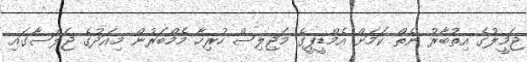
ޖަމީލުގެ އިތުބާރު ނެތް ކަމަށް އެމްޑީޕީގެ މަޖިލިސް ހުރިހާ މެމްބަރުން މިއަދުގެ ޖަލްސާގައި